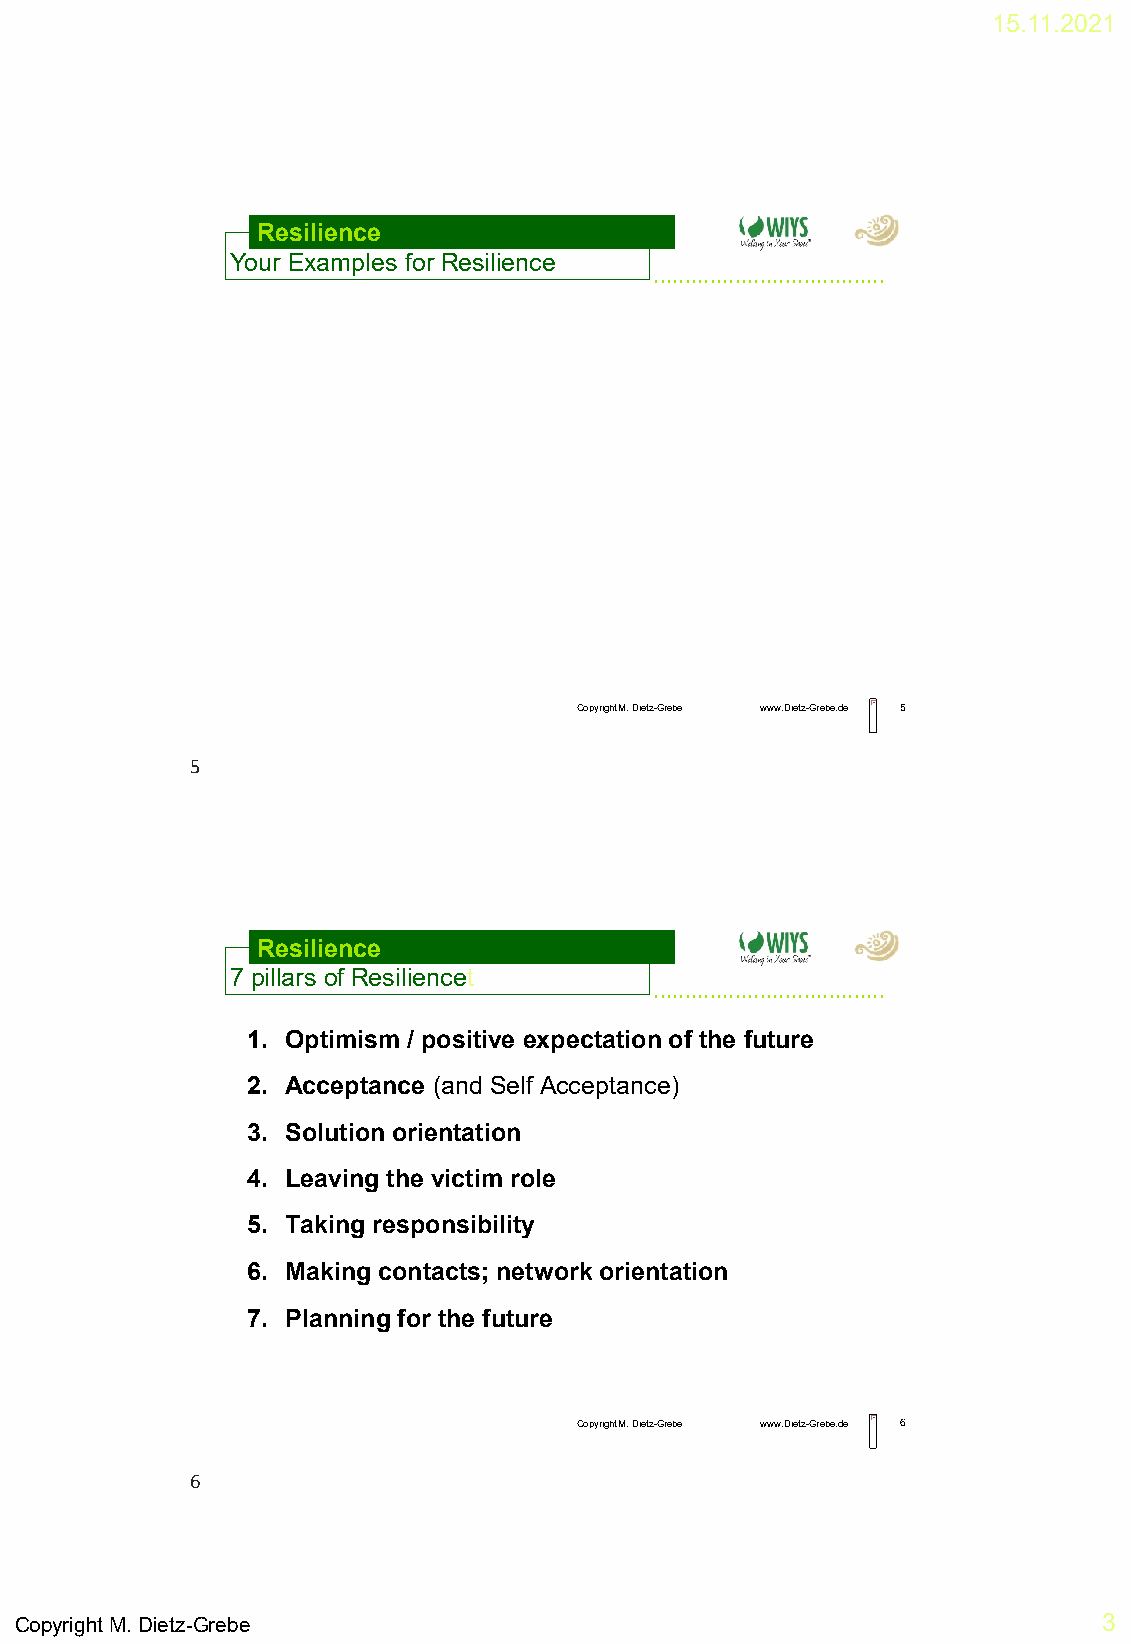
15.11.2021
 Resilience
 Your Examples for Resilience
 .....................................
 Copyright M. Dietz-Grebe www.Dietz-Grebe.de 5
 5
 Resilience
 7 pillars of Resiliencet
 .....................................
 1. Optimism / positive expectation of the future
 2. Acceptance (and Self Acceptance)
 3. Solution orientation
 4. Leaving the victim role
 5. Taking responsibility
 6. Making contacts; network orientation
 7. Planning for the future
 Copyright M. Dietz-Grebe www.Dietz-Grebe.de 6
 6
 Copyright M. Dietz-Grebe                                                3